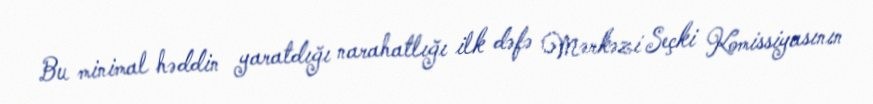
Bu minimal həddin yaratdığı narahatlığı ilk dəfə Mərkəzi Seçki Komissiyasının